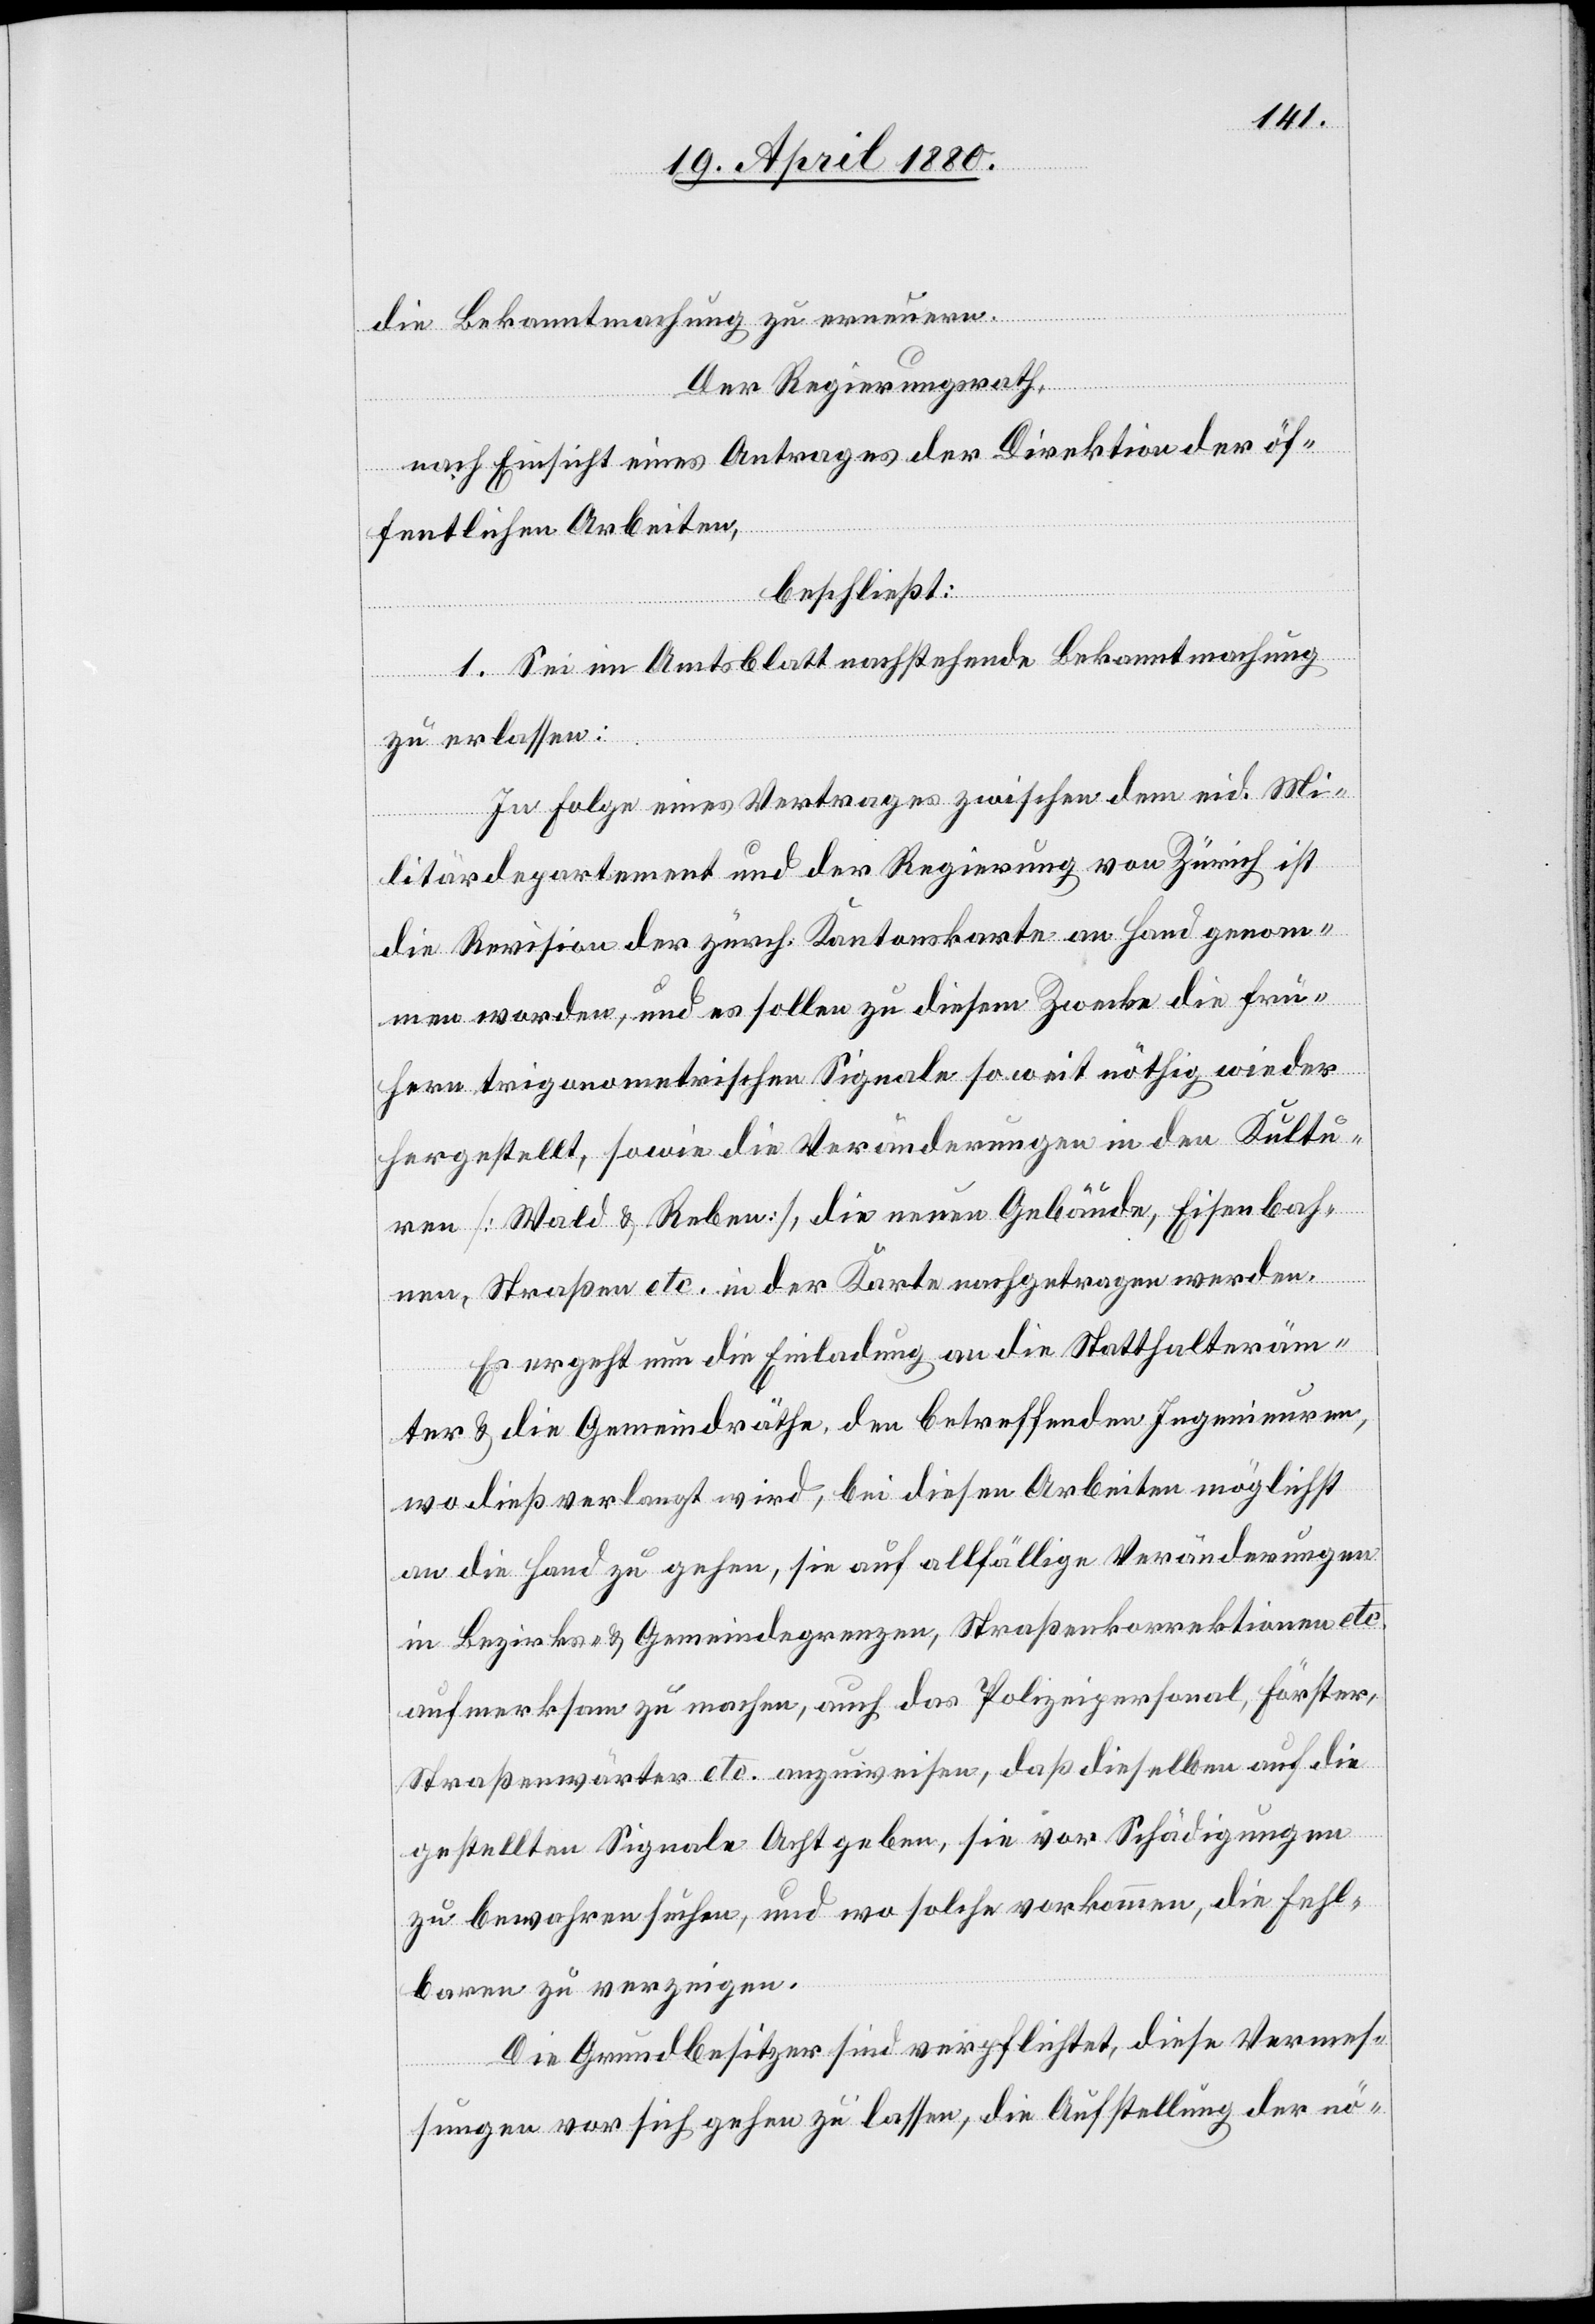
die Bekanntmachung zu erneuern.
Der Regierungsrath,
nach Einsicht eines Antrages der Direktion der öf¬
fentlichen Arbeiten,
beschließt:
1. Sei im Amtsblatt nachstehende Bekanntmachung
zu erlassen:
In Folge eines Vertrages zwischen dem eid. Mi¬
litärdepartement und der Regierung von Zürich ist
die Revision der zürch. Kantonskarte an Hand genom¬
men worden, und es sollen zu diesem Zwecke die frü¬
hern trigonometrischen Signale so weit nöthig wieder
hergestellt, sowie die Veränderungen in den Kultu¬
ren [Wald & Reben], die neuen Gebäude, Eisenbah¬
nen, Straßen etc. in der Karte nachgetragen werden.
Es ergeht nun die Einladung an die Statthalteräm¬
ter & die Gemeindräthe, den betreffenden Ingenieuren,
wo dieß verlangt wird, bei diesen Arbeiten möglichst
an die Hand zu gehen, sie auf allfällige Veränderungen
in Bezirks- & Gemeindegrenzen, Straßenkorrektionen etc.
aufmerksam zu machen, auch das Polizeipersonal, Förster,
Straßenwärter etc. anzuweisen, daß dieselben auf die
gestellten Signale Acht geben, sie vor Schädigungen
zu bewahren suchen, und wo solche vorkommen, die Fehl¬
baren zu verzeigen.
Die Grundbesitzer sind verpflichtet, diese Vermes¬
sungen vor sich gehen zu lassen, die Aufstellung der nö-